Rangoon Lunatic Asylum 1878-1892 - 1878-1892
Year: 1878
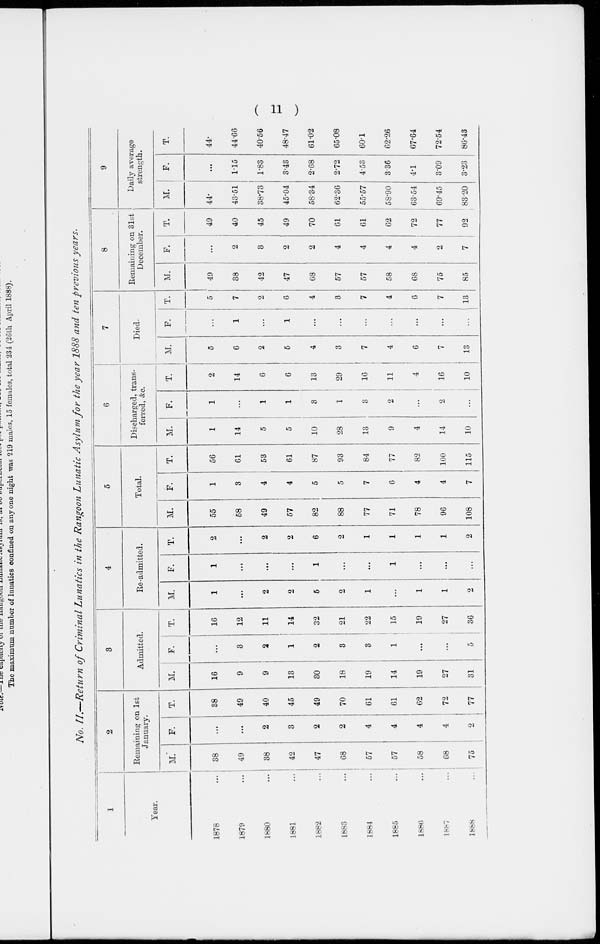
( 11 )
No. II.—Return of Criminal Lunatics in the Rangoon Lunatic Asylum for the year 1888 and ten previous years.
1
Year.
1878 ...
1879 ...
1880
...
1881
...
1882
...
1888
...
1884 ...
1885
...
1886
...
1887 ...
1888
...
2
Remaining on 1st
January.
M.
38
49
38
42
47
68
57
57
58
68
75
F.
...
...
2
3
2
2
4
4
4
4
2
T.
38
49
40
45
49
70
61
61
62
72
77
3
Admitted.
M.
16
9
9
13
30
18
19
14
19
27
31
F.
...
3
2
1
2
3
3
1
...
...
5
T.
16
12
11
14
32
21
22
15
19
27
36
4
Re-admitted.
M.
1
...
2
2
5
2
1
...
1
1
2
F.
1
...
...
...
1
...
...
1
...
...
...
T.
2
...
2
2
6
2
1
1
1
1
2
5
Total.
M.
55
58
49
57
82
88
77
71
78
96
108
F.
1
3
4
4
5
5
7
6
4
4
7
T.
56
61
53
61
87
93
84
77
82
100
115
6
Discharged, trans-
ferred, &c.
M.
1
14
5
5
10
28
13
9
4
14
10
F.
1
...
1
1
3
1
3
2
...
2
...
T.
2
14
6
6
13
29
16
11
4
16
10
7
Died.
M.
5
6
2
5
4
3
7
4
6
7
13
F.
...
1
...
1
...
...
...
...
...
...
...
T.
5
7
2
6
4
3
7
4
6
7
13
8
Remaining on 31st
December.
M.
49
38
42
47
68
57
57
58
68
75
85
F.
...
2
3
2
2
4
4
4
4
2
7
T.
49
40
45
49
70
61
61
62
72
77
92
9
Daily average
strength.
M.
44.
43.51
38.73
45.04
58.34
62.36
55.57
58.90
63.54
69.45
83.20
F.
...
1.15
1.83
3.43
2.68
2.72
4.53
3.36
4.1
3.09
3.23
T.
44.
44.66
40.56
48.47
61.02
65.08
60.1
62.26
67.64
72.54
86.43